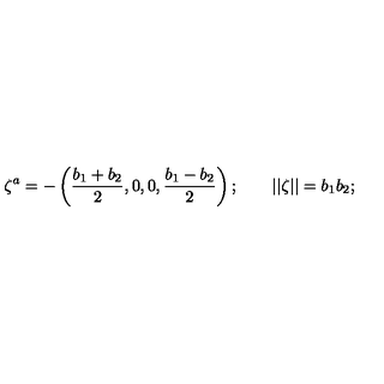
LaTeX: \zeta ^ { a } = - \left( { \frac { b _ { 1 } + b _ { 2 } } { 2 } } , 0 , 0 , { \frac { b _ { 1 } - b _ { 2 } } { 2 } } \right) ; \qquad | | \zeta | | = b _ { 1 } b _ { 2 } ;